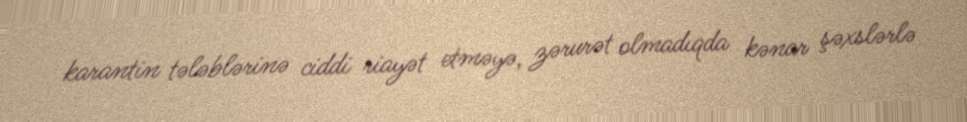
karantin tələblərinə ciddi riayət etməyə, zərurət olmadıqda kənar şəxslərlə